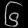
Digit: ၆